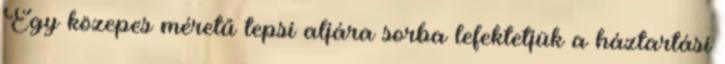
Egy közepes méretű tepsi aljára sorba lefektetjük a háztartási